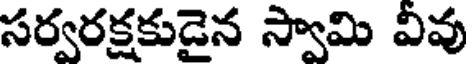
సర్వరక్షకుడైన స్వామి వివు